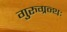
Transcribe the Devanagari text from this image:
गुरुग्रन्थः